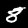
Label: 8